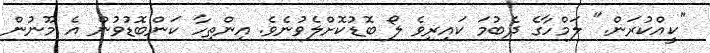
"ކީއްކުރަން." ލަމްހާގެ ދެބުމަ ކައިރިވެ ލޯ ބޮޑުކޮށްލެވުނެވެ. އިންތިހާ ކަންބޮޑުވުން އެ މޫނުން